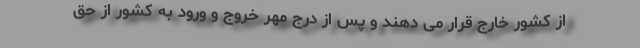
از کشور خارج قرار می دهند و پس از درج مهر خروج و ورود به کشور از حق